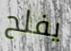
يفلح